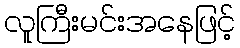
လူကြီးမင်းအနေဖြင့်